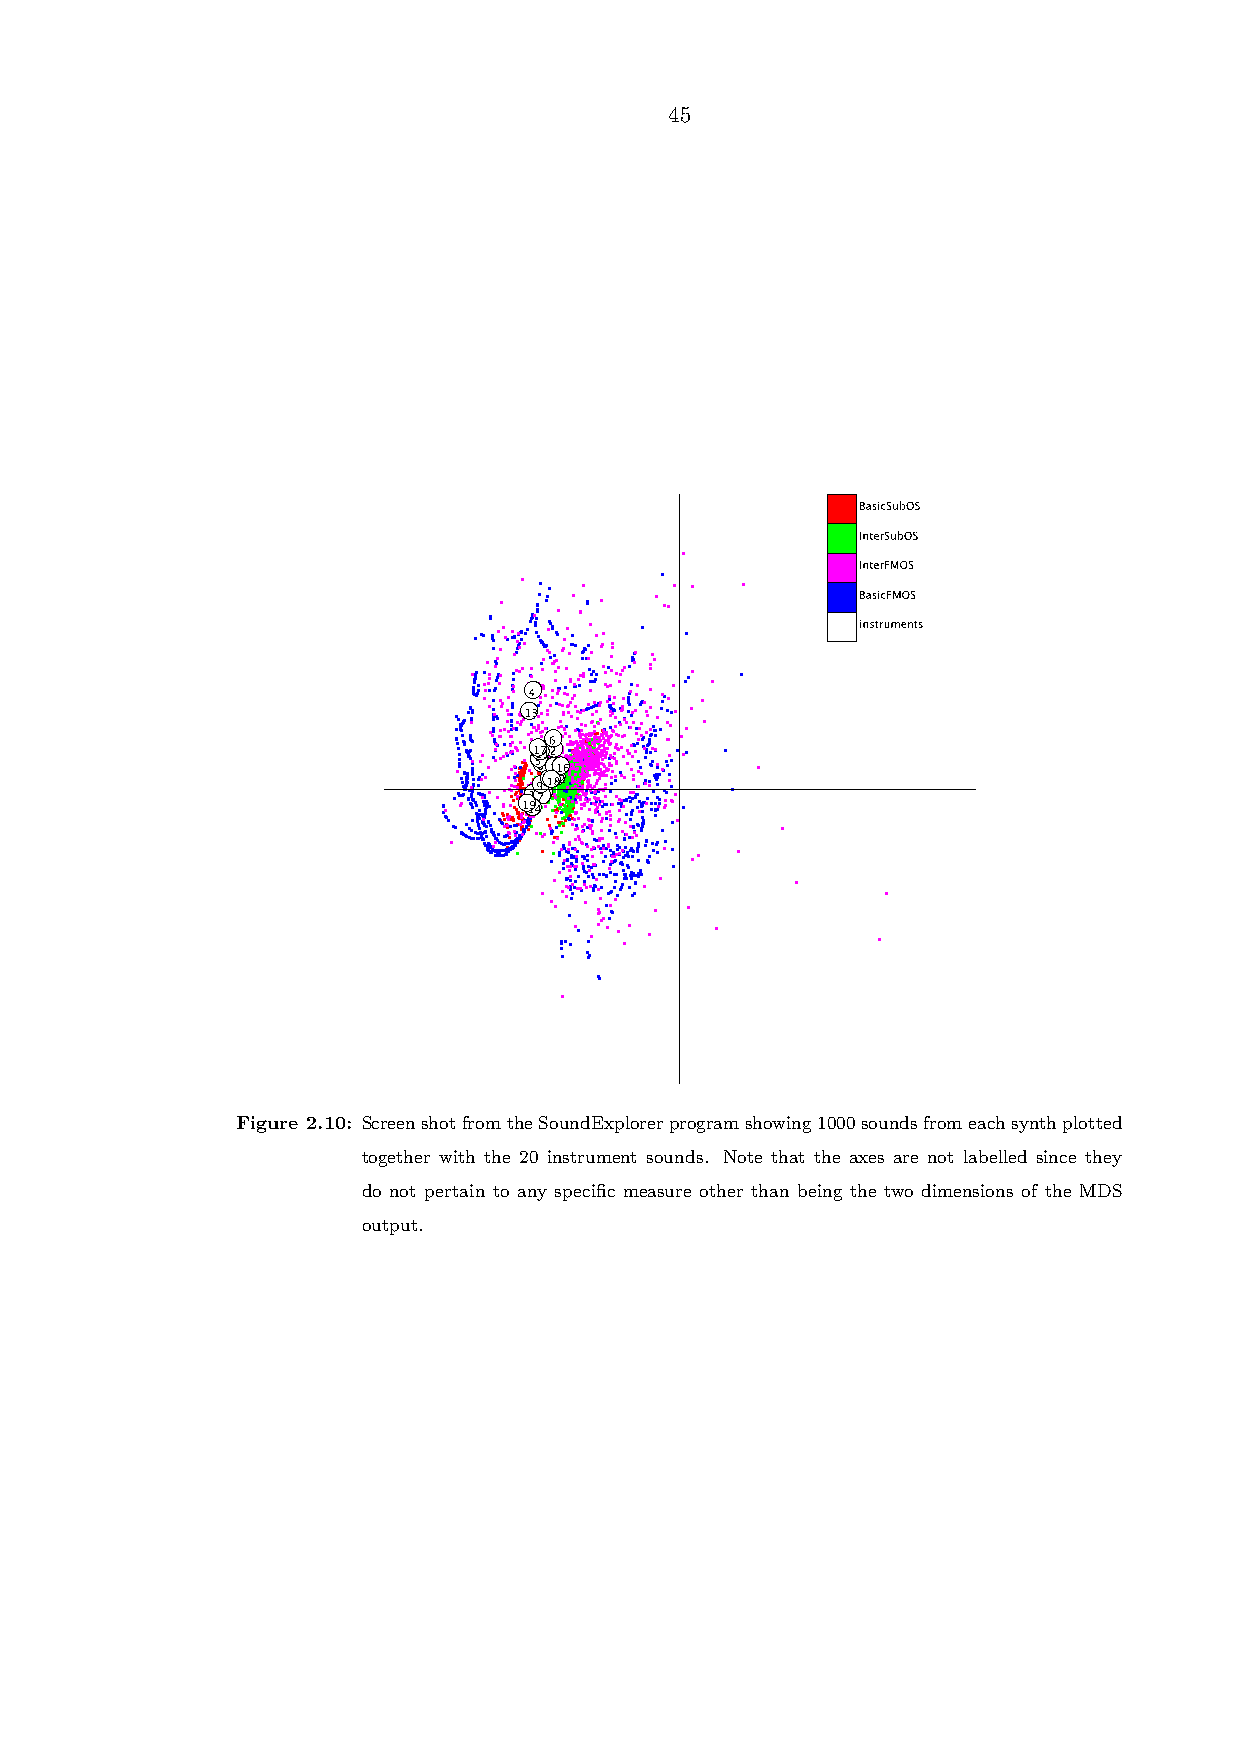
45
 Figure 2.10: ScreenshotfromtheSoundExplorerprogramshowing1000soundsfromeachsynthplotted
 together with the 20 instrument sounds. Note that the axes are not labelled since they
 do not pertain to any specific measure other than being the two dimensions of the MDS
 output.